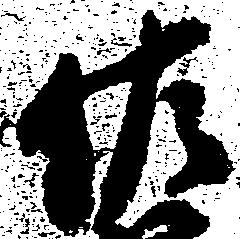
佐